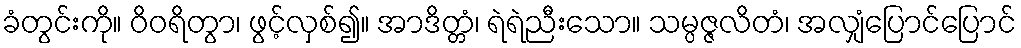
ခံတွင်းကို။ ဝိဝရိတွာ၊ ဖွင့်လှစ်၍။ အာဒိတ္တံ၊ ရဲရဲညီးသော။ သမ္ပဇ္ဇလိတံ၊ အလျှံပြောင်ပြောင်